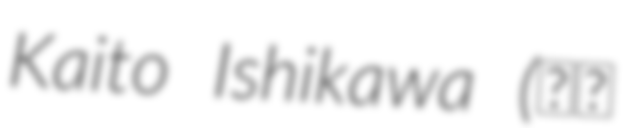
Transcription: Kaito Ishikawa (石川